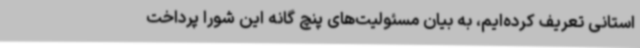
استانی تعریف کرده‌ایم، به بیان مسئولیت‌های پنچ گانه این شورا پرداخت